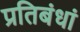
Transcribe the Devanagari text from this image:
प्रतिबंधां